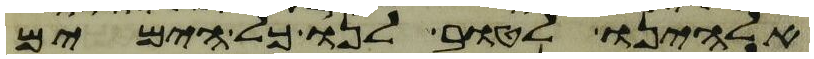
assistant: אלהינו לטוב לנו כל הימים